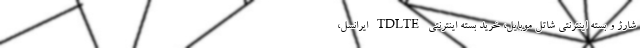
شارژ و بسته اینترنتی شاتل موبایل، خرید بسته اینترنتی TDLTE ایرانسل،